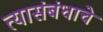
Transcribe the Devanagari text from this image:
त्यासंबंधाचे